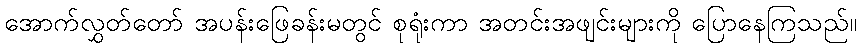
အောက်လွှတ်တော် အပန်းဖြေခန်းမတွင် စုရုံးကာ အတင်းအဖျင်းများကို ပြောနေကြသည်။